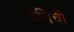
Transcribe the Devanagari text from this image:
केनिची